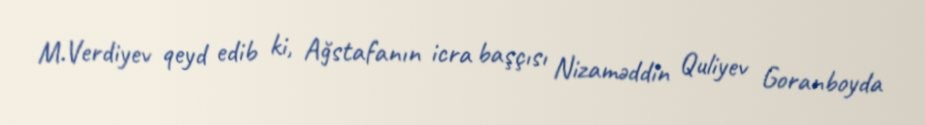
M.Verdiyev qeyd edib ki, Ağstafanın icra başçısı Nizaməddin Quliyev Goranboyda